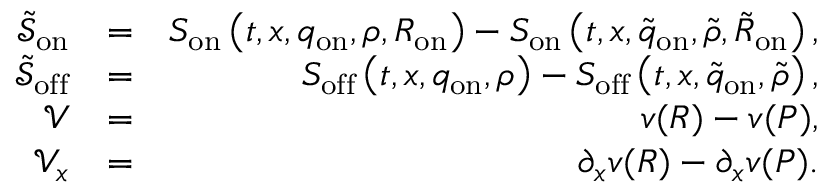
\begin{array} { r l r } { \tilde { \mathcal { S } } _ { \mathrm { o n } } } & { = } & { S _ { \mathrm { o n } } \left( t , x , q _ { \mathrm { o n } } , \rho , R _ { \mathrm { o n } } \right) - S _ { \mathrm { o n } } \left( t , x , \tilde { q } _ { \mathrm { o n } } , \tilde { \rho } , \tilde { R } _ { \mathrm { o n } } \right) , } \\ { \tilde { \mathcal { S } } _ { \mathrm { o f f } } } & { = } & { S _ { \mathrm { o f f } } \left( t , x , q _ { \mathrm { o n } } , \rho \right) - S _ { \mathrm { o f f } } \left( t , x , \tilde { q } _ { \mathrm { o n } } , \tilde { \rho } \right) , } \\ { \mathcal { V } } & { = } & { v ( R ) - v ( P ) , } \\ { \mathcal { V } _ { x } } & { = } & { \partial _ { x } v ( R ) - \partial _ { x } v ( P ) . } \end{array}